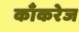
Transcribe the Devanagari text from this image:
काँकरेज